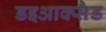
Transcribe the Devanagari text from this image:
डइआक्सैड